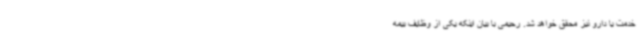
خدمت یا دارو نیز محقق خواهد شد. رحیمی با بیان اینکه یکی از وظایف بیمه